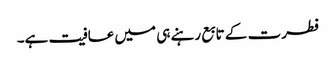
فطرت کے تابع رہنے ہی میں عافیت ہے۔